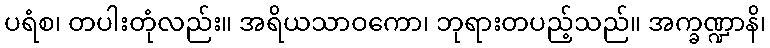
ပရံစ၊ တပါးတုံလည်း။ အရိယသာဝကော၊ ဘုရားတပည့်သည်။ အက္ခဏ္ဍာနိ၊